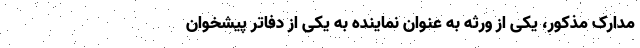
مدارک مذکور، یکی از ورثه به عنوان نماینده به یکی از دفاتر پیشخوان